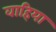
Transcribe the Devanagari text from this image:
वाहिया